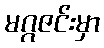
မဂ္ဂဇင်းမှာ